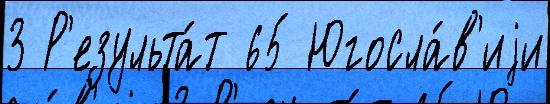
3 Р'езульта́т 65 Югосла́в'иjи